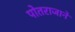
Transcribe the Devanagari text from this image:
पोतराजाने